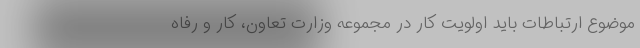
موضوع ارتباطات باید اولویت کار در مجموعه وزارت تعاون، کار و رفاه